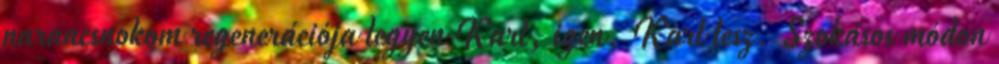
parancsnokom regenerációja legyen Karl, igen, Karl lesz. Szokásos módon